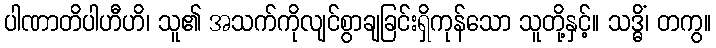
ပါဏာတိပါဟီဟိ၊ သူ၏ အသက်ကိုလျင်စွာချခြင်းရှိကုန်သော သူတို့နှင့်။ သဒ္ဓိံ၊ တကွ။